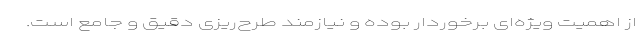
از اهمیت ویژه‌ای برخوردار بوده و نیازمند طرح‌ریزی دقیق و جامع است.